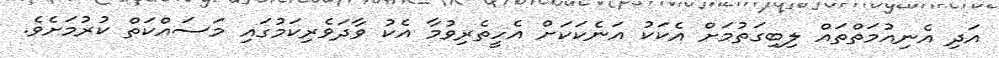
އަދި އެނިއުމަތްތައް ލިބިގަތުމަށް އެކަކު އަނެކަކަށް އެހީތެރިވުމާ އެކު ވާދަވެރިކަމުގައި މަސައްކަތް ކުރުމަށެވެ.